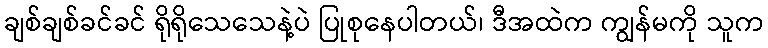
ချစ်ချစ်ခင်ခင် ရိုရိုသေသေနဲ့ပဲ ပြုစုနေပါတယ်၊ ဒီအထဲက ကျွန်မကို သူက